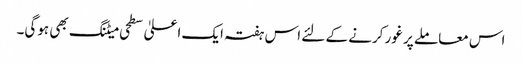
اس معاملے پر غور کرنے کے لئے اس ہفتہ ایک اعلیٰ سطحی میٹنگ بھی ہوگی۔